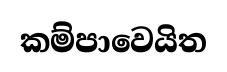
කම්පාවෙයිත